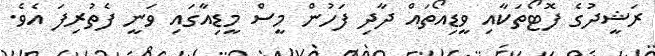
ރަޝީދުގެ ފޮޓޯތަކާއި ވީޑިއޯތައް ދާދި ފަހުން މީސް މީޑިއާގައި ވަނީ ފެތުރިފަ އެވެ.